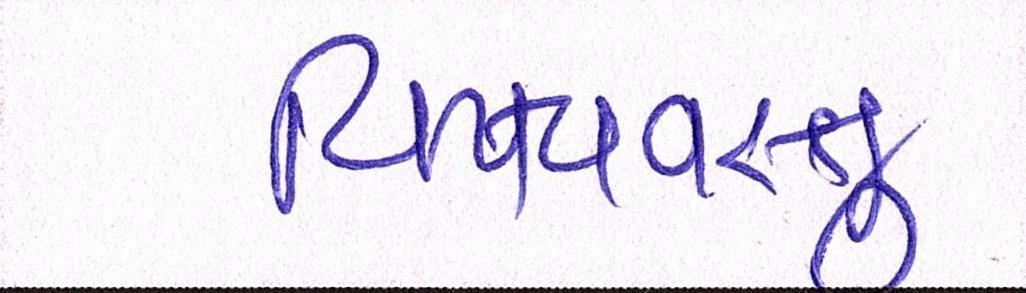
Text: વિષયવસ્તુ